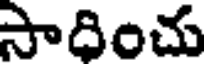
సాదించు